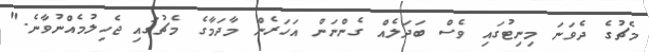
މެޗުގެ ދެވަނަ މިނިޓުގައި ވެސް ބަދަލެއް ގެންނަން އަހަރެން މާދަމާގެ މެޗުގައި ޖެހިލުމެއްނުވާނެ."